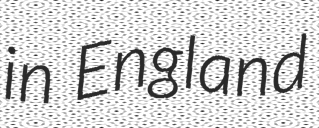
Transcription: in England